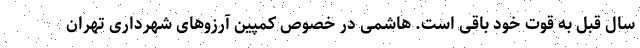
سال قبل به قوت خود باقی است. هاشمی در خصوص کمپین آرزوهای شهرداری تهران